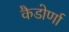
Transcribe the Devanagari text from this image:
कैडोर्णा